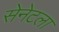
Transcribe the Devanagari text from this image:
सेनेटला